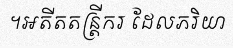
។អតីតតន្ត្រីករ ដែលភរិយា